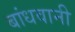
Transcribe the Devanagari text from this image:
बांधवानी